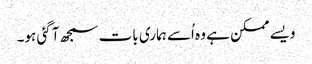
ویسے ممکن ہے وہ اُسے ہماری بات سمجھ آ گئی ہو۔